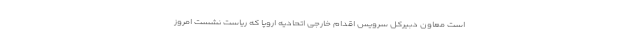
است معاون دبیرکل سرویس اقدام خارجی اتحادیه اروپا که ریاست نشست امروز